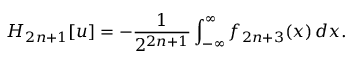
H _ { 2 n + 1 } [ u ] = - { \frac { 1 } { 2 ^ { 2 n + 1 } } } \int _ { - \infty } ^ { \infty } f _ { 2 n + 3 } ( x ) \, d x .